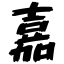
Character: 嘉